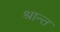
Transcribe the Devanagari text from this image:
श्रान्त